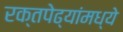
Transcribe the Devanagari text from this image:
रक्तपेढ्यांमध्ये